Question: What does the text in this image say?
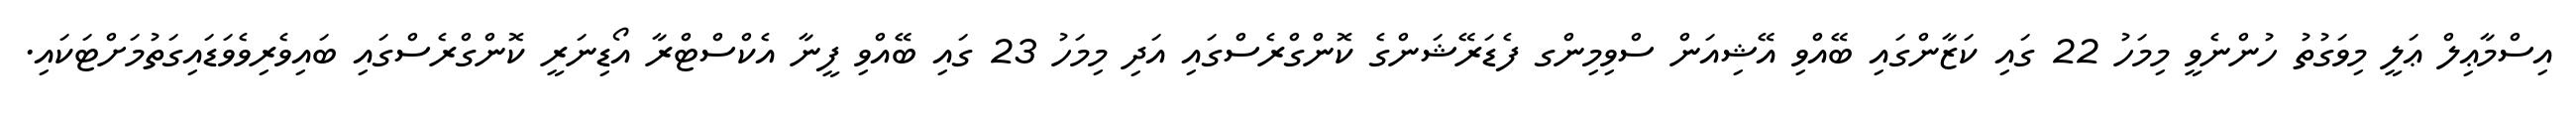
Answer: އިސްމާޢިލް ޢަލީ މިވަގުތު ހުންނެވީ މިމަހު 22 ގައި ކަޒާންގައި ބޭއްވި އޭޝިއަން ސްވިމިންގ ފެޑަރޭޝަންގެ ކޮންގްރެސްގައި އަދި މިމަހު 23 ގައި ބޭއްވި ފީނާ އެކްސްޓްރާ އޯޑިނަރީ ކޮންގްރެސްގައި ބައިވެރިވެވަޑައިގަތުމަށްޓަކައި.